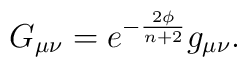
G_{\mu\nu} = e^{-\frac{2 \phi}{n + 2}} g_{\mu\nu}.